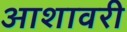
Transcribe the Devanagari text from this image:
आशावरी